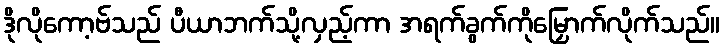
ဒိုလိုကော့ဗ်သည် ပီယာဘက်သို့လှည့်ကာ အရက်ခွက်ကိုမြှောက်လိုက်သည်။